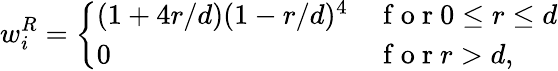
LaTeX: w_{i}^{R}=\left\{ \begin{array}{ll}{(1+4r/d)(1-r/d)^{4}}&{\mathrm{~f~o~r~}0\le r\le d}\\ {0}&{\mathrm{~f~o~r~}r>d,}\end{array}\right.